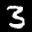
Label: 3